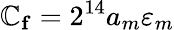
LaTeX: \mathbb{C}_{\mathbf{{f}}}=2^{14}a_{m}\varepsilon_{m}